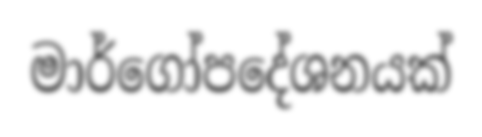
මාර්ගෝපදේශනයක්